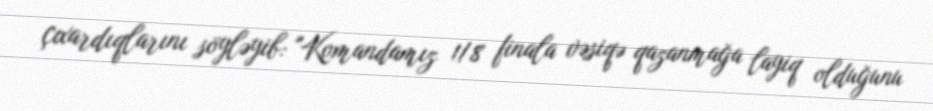
çıxardıqlarını söyləyib: "Komandamız 1/8 finala vəsiqə qazanmağa layiq olduğunu